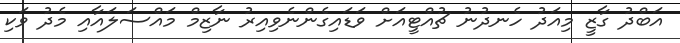
އަބްދު ގާޒީ މިއަދު ހެނދުނު ޗުއްޓީއަށް ވަޑައިގެންނެވިއިރު ނާޒިމް މައްސަލައާއި މެދު ވަކި